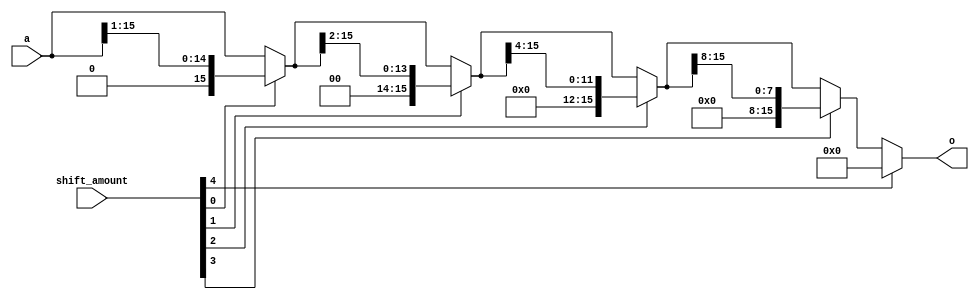
`timescale 1ns / 1ps

// synopsys_ template
module SHIFT_LEFT
#(
  parameter N=16
)
(
  a,
  shift_amount,
  o
);

  localparam LOG_N = $clog2(N);

  input [N-1:0] a;
  input [LOG_N:0] shift_amount;
  output [N-1:0] o;


  wire [N-1:0] ai[LOG_N+1:0];

  assign ai[0] = a;

  genvar i;
  generate
    for (i = 0; i < LOG_N+1; i = i + 1) begin: ASSIGN
      assign ai[i+1] = (shift_amount[i])?(ai[i]>>2**i):(ai[i]);
    end
  endgenerate

  assign o = ai[LOG_N+1];

endmodule